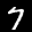
Label: 7